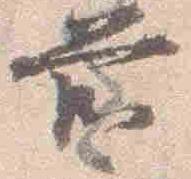
前